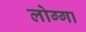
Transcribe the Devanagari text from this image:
लोग्गा